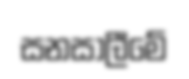
සනසාලීමේ